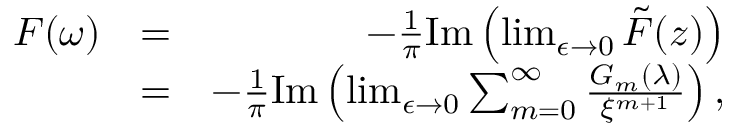
\begin{array} { r l r } { F ( \omega ) } & { = } & { - \frac { 1 } { \pi } \mathrm { I m } \left( \operatorname* { l i m } _ { \epsilon \to 0 } \tilde { F } ( z ) \right) } \\ & { = } & { - \frac { 1 } { \pi } \mathrm { I m } \left( \operatorname* { l i m } _ { \epsilon \to 0 } \sum _ { m = 0 } ^ { \infty } \frac { G _ { m } ( \lambda ) } { \xi ^ { m + 1 } } \right) , } \end{array}